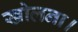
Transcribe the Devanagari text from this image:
खोलना।